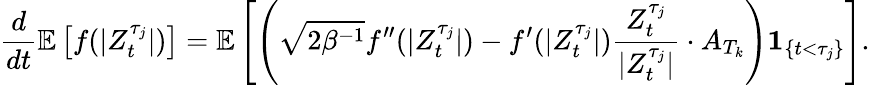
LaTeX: \frac{d}{dt}\mathbb{E}\left[f(|Z_{t}^{\tau_{j}}|)\right]=\mathbb{E}\left[\left(\sqrt{2\beta^{-1}}f^{\prime\prime}(|Z_{t}^{\tau_{j}}|)-f^{\prime}(|Z_{t}^{\tau_{j}}|)\frac{Z_{t}^{\tau_{j}}}{|Z_{t}^{\tau_{j}}|}\cdot A_{T_{k}}\right)\textbf{1}_{\{ t<\tau_{j}\} }\right].